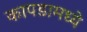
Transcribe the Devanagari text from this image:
कापडामध्ये